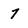
Character: 7